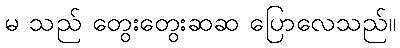
မ သည် တွေးတွေးဆဆ ပြောလေသည်။